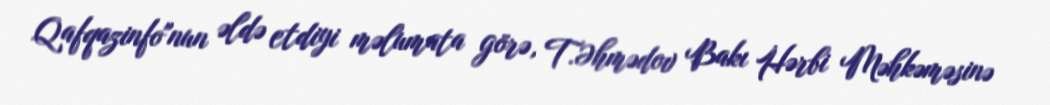
Qafqazinfo"nun əldə etdiyi məlumata görə, T.Əhmədov Bakı Hərbi Məhkəməsinə